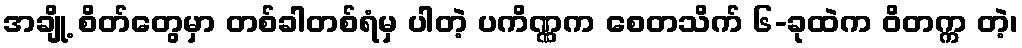
အချို့ စိတ်တွေမှာ တစ်ခါတစ်ရံမှ ပါတဲ့ ပကိဏ္ဏက စေတသိက် ၆-ခုထဲက ဝိတက္က တဲ့၊